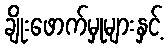
ချိုးဖောက်မှုများနှင့်